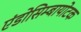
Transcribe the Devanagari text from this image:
एंडोसिम्बायोटक